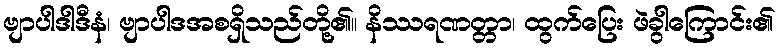
ဗျာပါဒါဒီနံ၊ ဗျာပါဒအစရှိသည်တို့၏။ နိဿရဏတ္တာ၊ ထွက်ပြေး ဖဲခွါကြောင်း၏